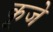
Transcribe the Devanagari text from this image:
कूजे